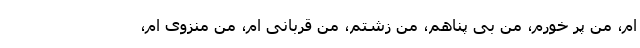
ام، من پر خورم، من بی پناهم، من زشتم، من قربانی ام، من منزوی ام،